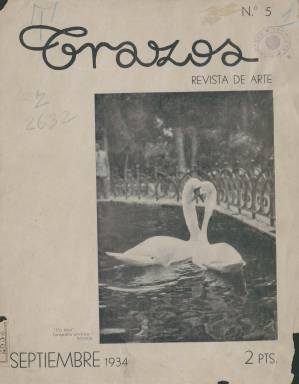
Título: Trazos (Madrid)
Colección: Arte
Ámbito geográfico: Madrid
Lugar de publicación: Madrid
Fechas: 01/09/1934-30/09/1934

Revista de arte de periodicidad mensual fundada en 1934 de la que la Biblioteca Nacional sólo posee un número, aunque se editaron al menos seis. Su director fue Fernando Barrachina, de quien se puede apreciar un dibujo a plumilla en este mismo ejemplar correspondiente al mes de septiembre y en cuya portada aparece una bellísima fotografía de dos cisnes con el título Un beso, del fotógrafo Stuyck.

   Dado lo efímero de la publicación, apenas hay información sobre ella salvo la que se puede obtener de los mismos números editados. Por una breve reseña publicada en ABC el 25 de mayo de 1934, cuando salió el primer número, podemos conocer que en principio el subtítulo era ‘revista de arte decorativo’ (luego quedó simplemente en revista de arte) y que su director, Barrachina, era ayudante de Obras Públicas. El redactor jefe, José Guillot Carratalá, fue autor de varios libros sobre cerámica y gremios artesanos, entre otras monografías, en la década de 1950.

   En las páginas de Trazos podían encontrarse artículos ilustrados con fotografías o dibujos sobre escultura, pintura, arquitectura, dibujo, orfebrería, cerámica, grabado, figurinismo, rotulación y otras artes decorativas. La publicación contó con numerosos colaboradores, entre los que destacan los pintores José Bardasano y Josep Renau y el escultor Mariano Benlliure; este último con un artículo en el número 2 del mes de junio. Una relación de colaboradores figuraba en la contraportada de cada número.

   La revista comenzó con 24 páginas, aunque el número 6 de octubre, que posiblemente fuera el último, sólo cuenta con 16. El que posee la BNE tiene 28 y en él aparece una colaboración autógrafa de José Francés, que en ese momento era secretario general de la Academia de Bellas Artes de San Fernando. Francés, que fue crítico de arte, periodista y novelista, señala en estas líneas que Trazos ‘significa espejo limpísimo de la vida artística española’ y que puede compararse con las mejores revistas extranjeras.

   En este mismo número la revista anunciaba proyectos de mejora, con más páginas y grabados a toda plana, además de añadir gradualmente el color. Su objetivo confesado era llegar a ser la mejor revista de arte de España. Estos planes se debieron truncar según se deduce del hecho que no parezca haber números más allá de octubre de 1934.

[Descripción publicada el 31/03/2020]